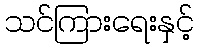
သင်ကြားရေးနှင့်